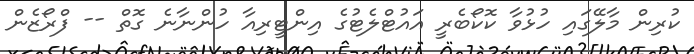
ކުރިން މާލޭގައި ހުޅުވާ ކޮކޯބެރީ އައުޓްލެޓުގެ އިންޓީރިއާ ހުންނާނެ ގޮތް -- ފްރޯޒެން